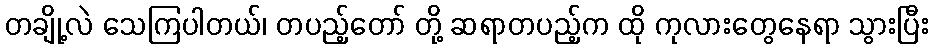
တချို့လဲ သေကြပါတယ်၊ တပည့်တော် တို့ ဆရာတပည့်က ထို ကုလားတွေနေရာ သွားပြီး